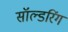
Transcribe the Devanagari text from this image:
सॉल्डरिंग